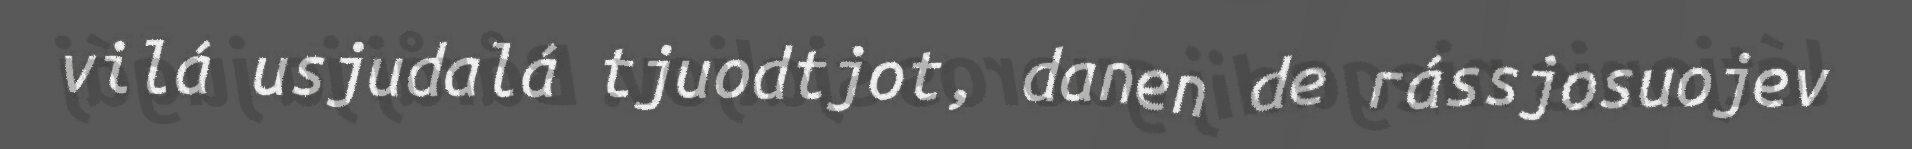
vilá usjudalá tjuodtjot, danen de rássjosuojev